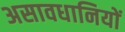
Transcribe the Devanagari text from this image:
असावधानियों